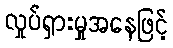
လှုပ်ရှားမှုအနေဖြင့်